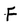
Character: F